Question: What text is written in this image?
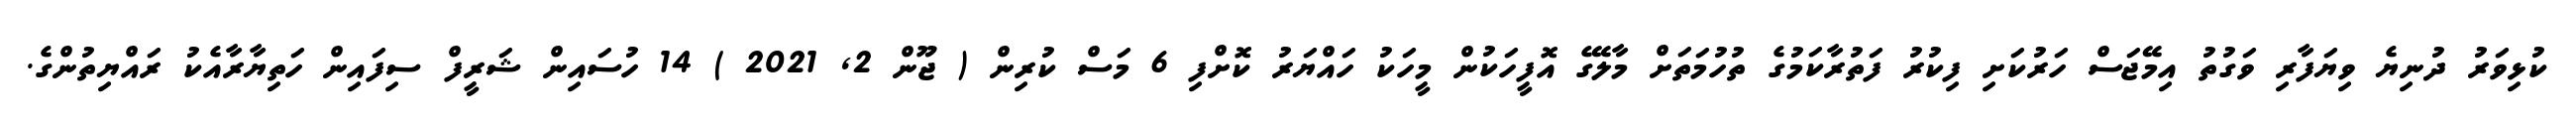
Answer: ކުޅިވަރު ދުނިޔެ ވިޔަފާރި ވަގުތު އިމޭޖަސް ހަރުކަށި ފިކުރު ފަތުރާކަމުގެ ތުހުމަތަށް މާލޭގެ އޮފީހަކުން މީހަކު ހައްޔަރު ކޮށްފި 6 މަސް ކުރިން ( ޖޫން 2, 2021 ) 14 ހުސައިން ޝަރީފް ސިފައިން ހަތިޔާރާއެކު ރައްޔިތުންގެ.